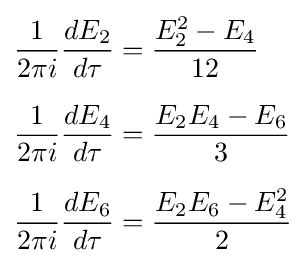
{\begin{aligned}{\frac {1}{2\pi i}}{\frac {dE_{2}}{d\tau }}&={\frac {E_{2}^{2}-E_{4}}{12}}\\[6pt]{\frac {1}{2\pi i}}{\frac {dE_{4}}{d\tau }}&={\frac {E_{2}E_{4}-E_{6}}{3}}\\[6pt]{\frac {1}{2\pi i}}{\frac {dE_{6}}{d\tau }}&={\frac {E_{2}E_{6}-E_{4}^{2}}{2}}\end{aligned}}